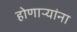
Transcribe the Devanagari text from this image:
होणाऱ्यांना